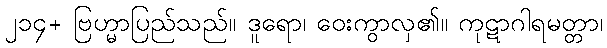
၂၁၄+ ဗြဟ္မာပြည်သည်။ ဒူရော၊ ဝေးကွာလှ၏။ ကုဋာဂါရမတ္တာ၊